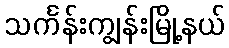
သင်္ကန်းကျွန်းမြို့နယ်